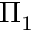
\Pi _ { 1 }